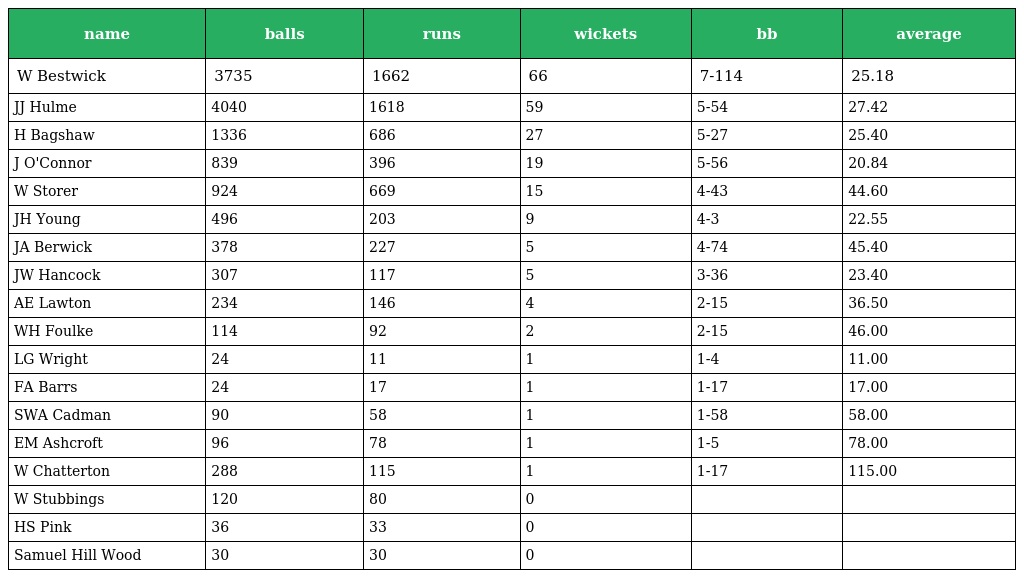
| name | balls | runs | wickets | bb | average |
 | --- | --- | --- | --- | --- | --- |
 | W Bestwick | 3735 | 1662 | 66 | 7-114 | 25.18 |
 | JJ Hulme | 4040 | 1618 | 59 | 5-54 | 27.42 |
 | H Bagshaw | 1336 | 686 | 27 | 5-27 | 25.40 |
 | J O'Connor | 839 | 396 | 19 | 5-56 | 20.84 |
 | W Storer | 924 | 669 | 15 | 4-43 | 44.60 |
 | JH Young | 496 | 203 | 9 | 4-3 | 22.55 |
 | JA Berwick | 378 | 227 | 5 | 4-74 | 45.40 |
 | JW Hancock | 307 | 117 | 5 | 3-36 | 23.40 |
 | AE Lawton | 234 | 146 | 4 | 2-15 | 36.50 |
 | WH Foulke | 114 | 92 | 2 | 2-15 | 46.00 |
 | LG Wright | 24 | 11 | 1 | 1-4 | 11.00 |
 | FA Barrs | 24 | 17 | 1 | 1-17 | 17.00 |
 | SWA Cadman | 90 | 58 | 1 | 1-58 | 58.00 |
 | EM Ashcroft | 96 | 78 | 1 | 1-5 | 78.00 |
 | W Chatterton | 288 | 115 | 1 | 1-17 | 115.00 |
 | W Stubbings | 120 | 80 | 0 |  |  |
 | HS Pink | 36 | 33 | 0 |  |  |
 | Samuel Hill Wood | 30 | 30 | 0 |  |  |